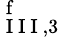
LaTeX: _{\mathrm{~I~I~I~},3}^{\mathrm{~f~}}